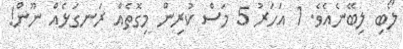
ލޯބި ލިބޭނެއެވެ. 1 އަހަރު 5 މަސް ކުރިން މިގޮތެއް ރަނގަޅެއް ނޫން!